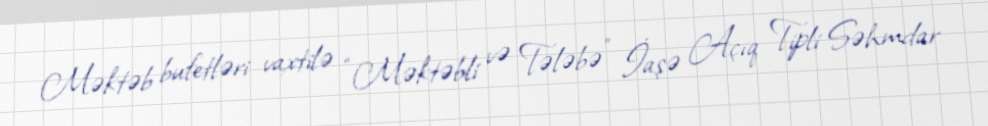
Məktəb bufetləri vaxtilə “Məktəbli və Tələbə” İaşə Açıq Tipli Səhmdar